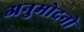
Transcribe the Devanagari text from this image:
अनुमोदनो